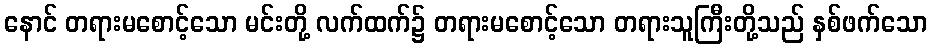
နောင် တရားမစောင့်သော မင်းတို့ လက်ထက်၌ တရားမစောင့်သော တရားသူကြီးတို့သည် နှစ်ဖက်သော